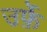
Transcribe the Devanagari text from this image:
उर्फ़े